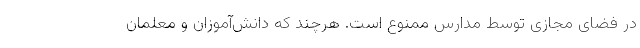
در فضای مجازی توسط مدارس ممنوع است. هرچند که دانش‌آموزان و معلمان